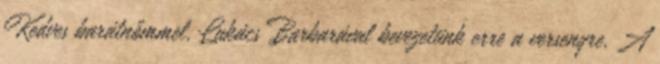
Kedves barátnőmmel, Lukács Barbarával bevezetünk erre a versenyre. A